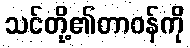
သင်တို့၏တာဝန်ကို